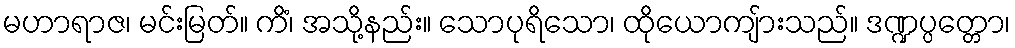
မဟာရာဇ၊ မင်းမြတ်။ ကိံ၊ အသို့နည်း။ သောပုရိသော၊ ထိုယောကျ်ားသည်။ ဒဏ္ဍပ္ပတ္တော၊